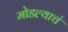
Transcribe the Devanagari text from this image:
मोडल्याचं